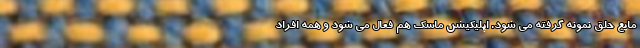
مایع حلق نمونه گرفته می شود. اپلیکیشن ماسک هم فعال می شود و همه افراد